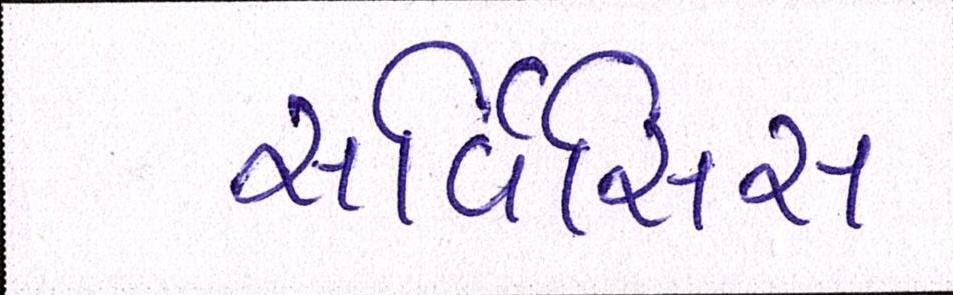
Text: સર્વિસિસ